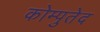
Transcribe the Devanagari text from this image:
कोम्पुतेद